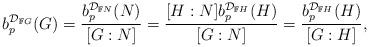
LaTeX: \begin{align*}b_p^{\mathcal{D}_{\mathbb{F}G}}(G) = \frac{b_p^{\mathcal{D}_{\mathbb{F}N}}(N)}{[G:N]} = \frac{[H:N] b_p^{\mathcal{D}_{\mathbb{F}H}}(H)}{[G:N]} = \frac{b_p^{\mathcal{D}_{\mathbb{F}H}}(H)}{[G:H]},\end{align*}